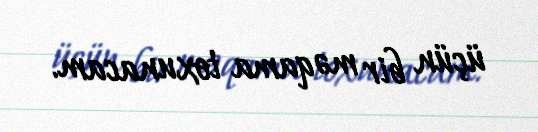
üçün bir məqama toxunacam.